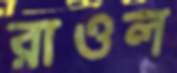
রাওল